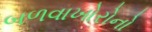
બળવાખોરોનો